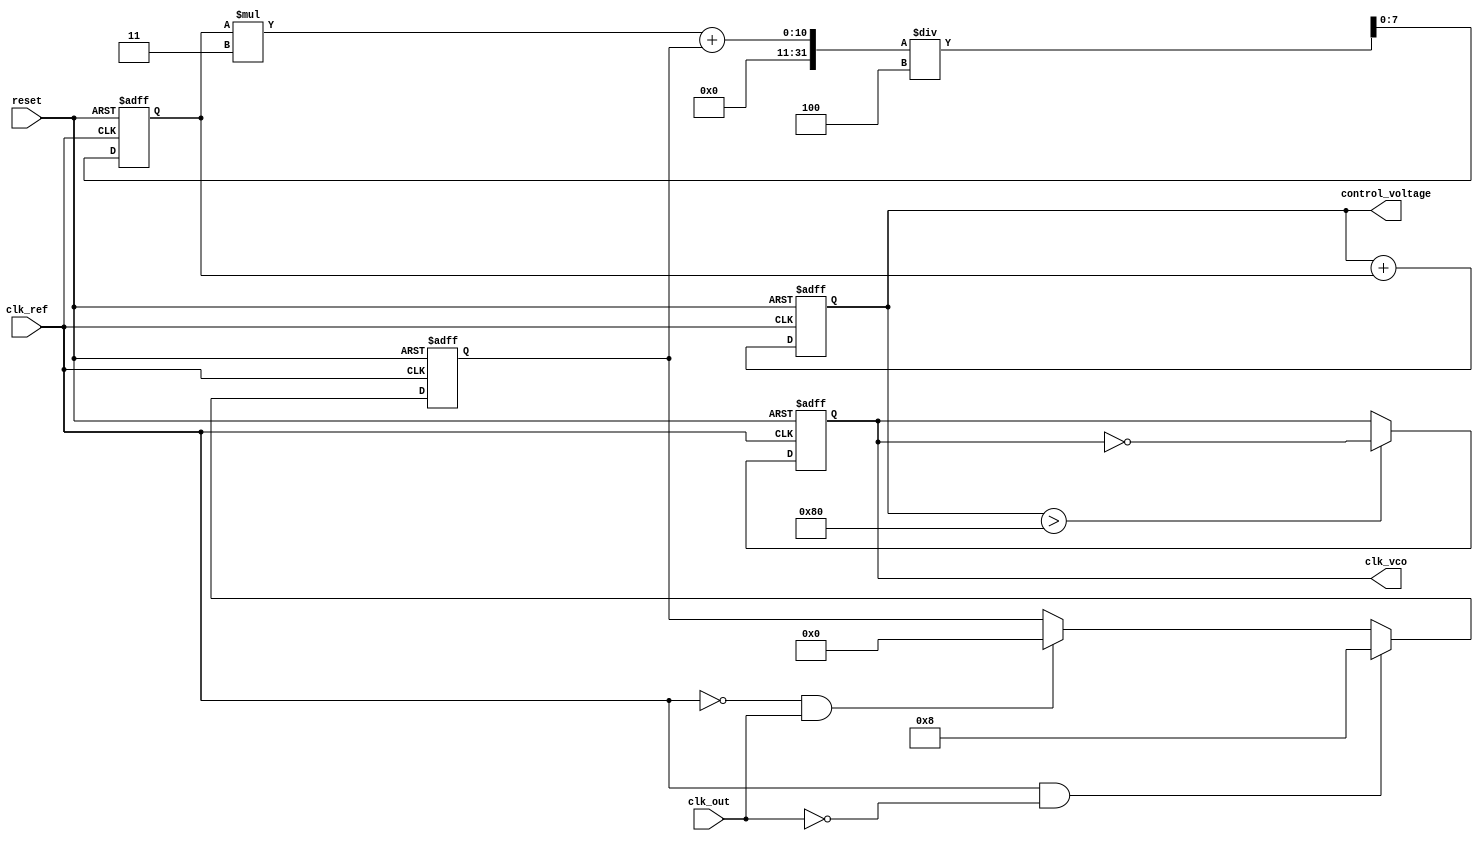
module PLL (
    input wire clk_ref,         // Reference clock input
    input wire clk_out,         // Output clock input
    input wire reset,           // Reset signal
    output reg clk_vco,         // Voltage-controlled oscillator output
    output reg [7:0] control_voltage // Control voltage for VCO
);

// Parameters
parameter MEMORY_SIZE = 16;   // Size of the memory block
parameter PHASE_ERROR_MAX = 8; // Maximum phase error value
parameter FILTER_COEFF = 4;    // Loop filter coefficient

// Internal signals
reg [7:0] phase_error;         // Phase error signal
reg [7:0] memory [0:MEMORY_SIZE-1]; // Memory block for phase errors
reg [3:0] mem_index;           // Memory index for storing phase errors
reg [7:0] filtered_error;      // Filtered phase error

// Phase Detector
always @(posedge clk_ref or posedge reset) begin
    if (reset) begin
        phase_error <= 0;
    end else begin
        // Simple phase detection logic (example)
        if (clk_ref && !clk_out) begin
            phase_error <= PHASE_ERROR_MAX; // Phase error detected
        end else if (!clk_ref && clk_out) begin
            phase_error <= 0; // No phase error
        end
    end
end

// Memory Block for Phase Errors
always @(posedge clk_ref or posedge reset) begin
    if (reset) begin
        mem_index <= 0;
    end else begin
        // Store phase error in memory
        memory[mem_index] <= phase_error;
        mem_index <= (mem_index + 1) % MEMORY_SIZE; // Circular buffer
    end
end

// Loop Filter
always @(posedge clk_ref or posedge reset) begin
    if (reset) begin
        filtered_error <= 0;
        control_voltage <= 0;
    end else begin
        // Simple low-pass filter (example)
        filtered_error <= (filtered_error * (FILTER_COEFF - 1) + phase_error) / FILTER_COEFF;
        control_voltage <= control_voltage + filtered_error; // Update control voltage
    end
end

// Voltage-Controlled Oscillator (VCO)
always @(posedge clk_ref or posedge reset) begin
    if (reset) begin
        clk_vco <= 0;
    end else begin
        // Simple VCO logic (example)
        clk_vco <= (control_voltage > 128) ? ~clk_vco : clk_vco; // Toggle based on control voltage
    end
end

endmodule